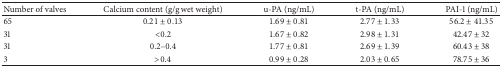
| Number of valves | Calcium content (g/g wet weight) | u-PA (ng/mL) | t-PA (ng/mL) | PAI-1 (ng/mL) |
 | --- | --- | --- | --- | --- |
 | 65 | 0.21 ± 0.13 | 1.69 ± 0.81 | 2.77 ± 1.33 | 56.2 ± 41.35 |
 | 31 | <0.2 | 1.67 ± 0.82 | 2.98 ± 1.31 | 42.47 ± 32 |
 | 31 | 0.2–0.4 | 1.77 ± 0.81 | 2.69 ± 1.39 | 60.43 ± 38 |
 | 3 | >0.4 | 0.99 ± 0.28 | 2.03 ± 0.65 | 78.75 ± 36 |